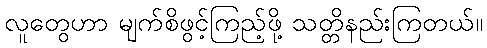
လူတွေဟာ မျက်စိဖွင့်ကြည့်ဖို့ သတ္တိနည်းကြတယ်။